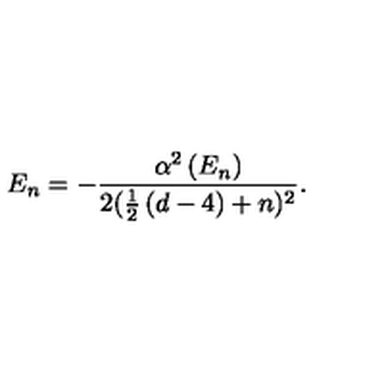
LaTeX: E _ { n } = - \frac { \alpha ^ { 2 } \left( E _ { n } \right) } { 2 ( \frac 1 2 \left( d - 4 \right) + n ) ^ { 2 } } .